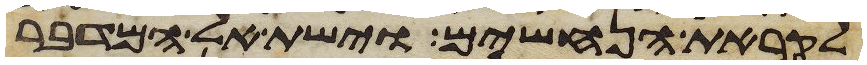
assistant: לקראת הנחשים וישת אל המדבר